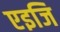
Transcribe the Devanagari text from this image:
एइजि